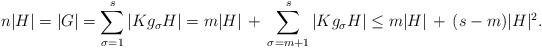
\begin{align*}n|H| = |G| = \sum_{\sigma = 1}^{s} |K g_\sigma H| = m|H| \,+\, \sum_{\sigma = m+1}^{s} |K g_\sigma H| \leq m|H| \,+\, (s-m)|H|^2.\end{align*}